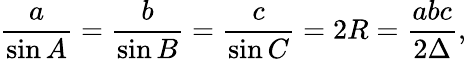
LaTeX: {\frac{a}{\sin A}}={\frac{b}{\sin B}}={\frac{c}{\sin C}}=2R={\frac{abc}{2\Delta}},